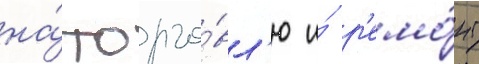
на́ торго́вл'ю и́ р'емо́нт